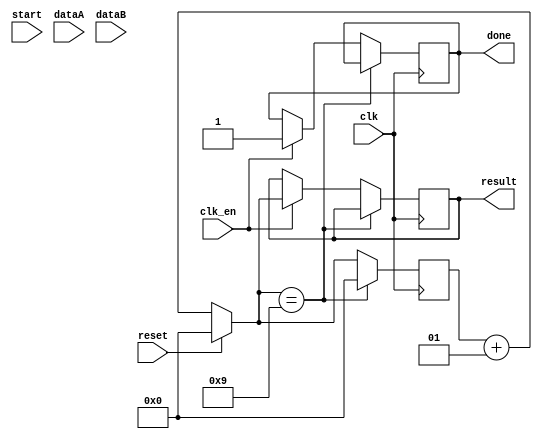
module random(
  clk,
  clk_en,
  reset,
  start,
  dataA,
  dataB,
  done,
  result,
);

input clk, reset, clk_en, start;
input [31:0] dataA, dataB;

output reg done;
output reg[31:0] result;

integer count = 0;
always @(posedge clk)
  begin
  	count = count + 1;
  	if(reset)
  		count = 0;
    if(count == 9)
        count = 0;
    else
    begin
	    if(clk_en)
	    	begin
		      result <= count;		      
		      done <= 1'b1;
	    end
    end
  end
endmodule